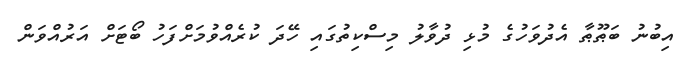
އިބުނު ބަޠޫޠާ އެދުވަހުގެ މުޅި ދުވާލު މިސްކިތުގައި ހޭދަ ކުރެއްވުމަށްފަހު ބޯޓަށް އަރުއްވަން